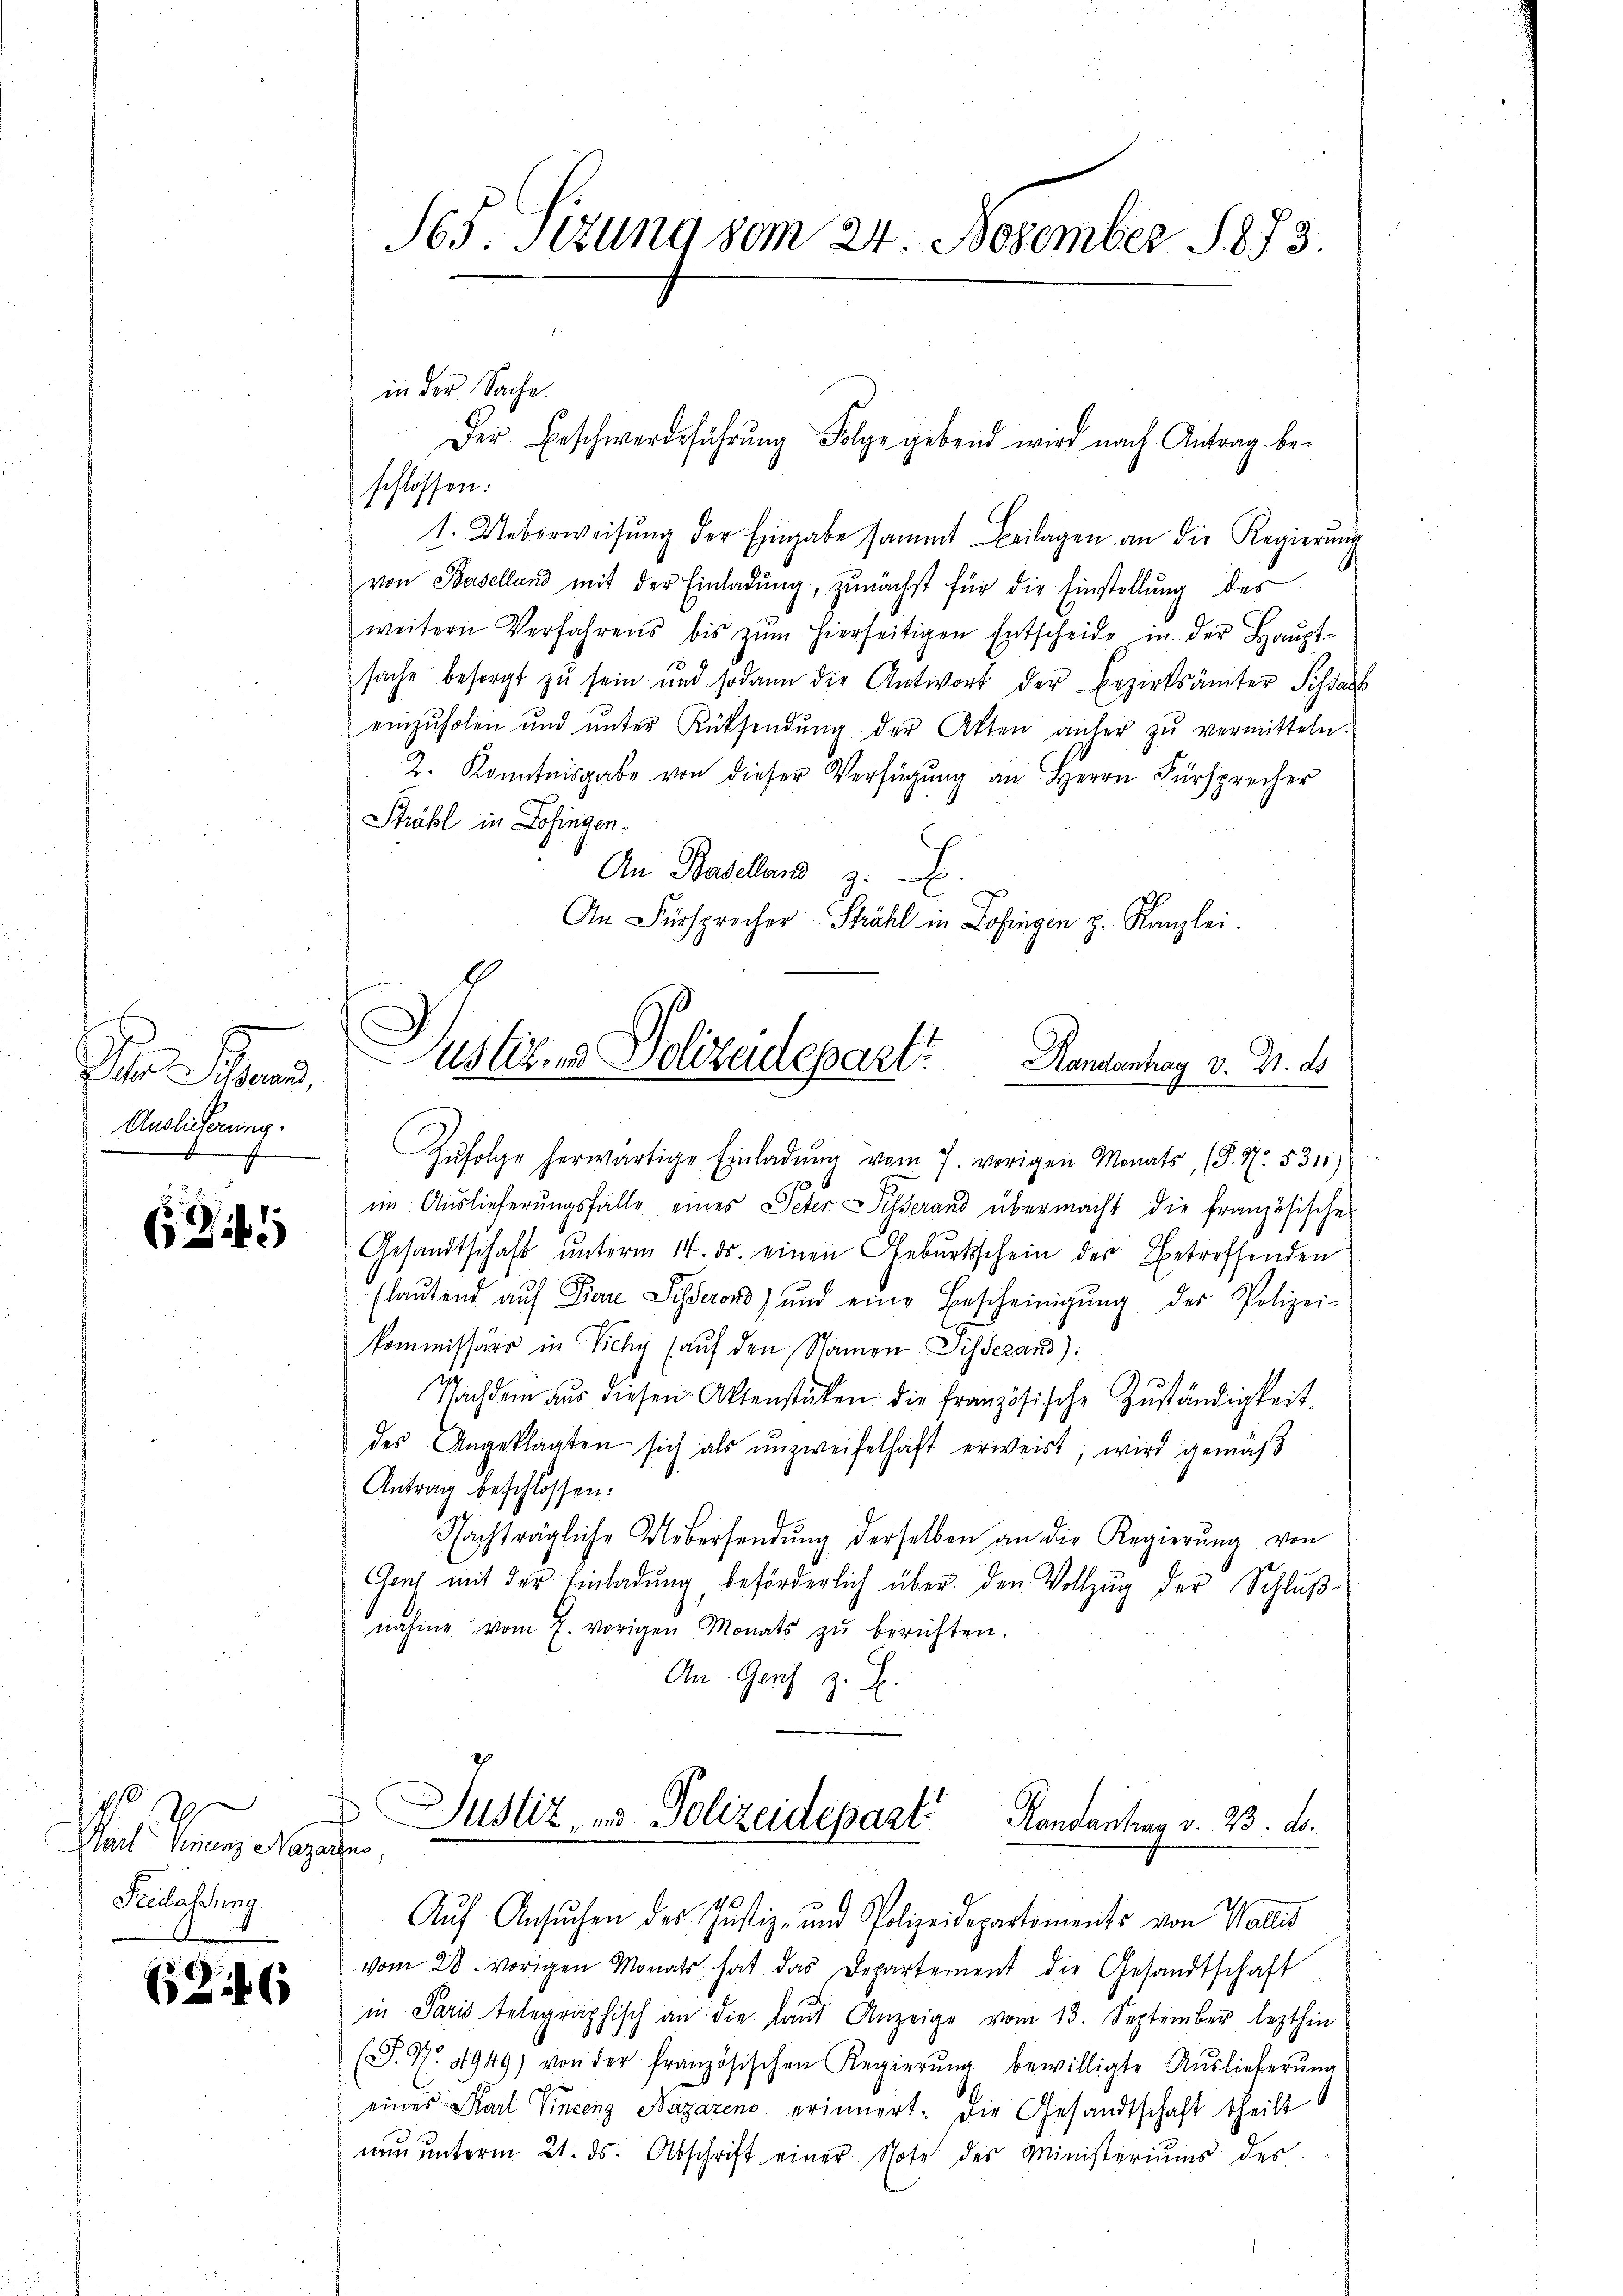
der Brand,
Auslicherung.

10
s
Karl Vincenz Nazarens,
Feudalstung

626

65: Stzung vom 24. November 1873.

schlossen:
1. Ueberweisŭng der Eingabe sammt Beilagen an die Regierŭng
von Baselland mit der Einladŭng, zunächst für die Einstellung des
weitern Verfahrens bis zŭm hierseitigen Entscheide in der Haŭpt-
sache besorgt zŭ sein und sodann die Antwort der Bezirksämter Schaus
einzŭholen und ŭnter Rücksendŭng der Akten anher zŭ vermitteln.
2. Kenntnisgabe von dieser Verfügung an Herrn Fürsprecher
Phäbl in Zofingen
An Baselland z.
An Fürsprecher Schühl in Zofingen z. Kanzlei.

in der Sache.
Der Beschwerdeführŭng Folge gebend wird nach Antrag be-

Zŭfolge herwärtige Einladŭng vom 7. vorigen Monats, (§. 1. 5310)
im Auslieferungsfalle eines Peter Silberand übermacht die französisches
Gesandtschaft ŭnterm 14. ds. einen Gebŭrtsschein der Betreffenden
(laŭtend auf Piare Schierord) und eine Bescheinigŭng der Polizei-
kommissärs in Zichy (auf den Namen Disserans):
Nachdem aŭs diesen Aktenstücken die französische Zŭständigkeit.
des Angeklagten sich als unzweifelhaft erweist, wird gemäß
Antrag beschlossen:
Nachträgliche Uebersendŭng derselben an die Regierŭng von
Gant mit der Einladung, beförderlich über den Vollzug der Schlußnahme vom 7. vorigen Monats zŭ berichten.
An Genf z. B.
Justiz, es Polizeidepart
Randantung v. 23. d.
Auf Ansuchen des Justiz- und Polizeidepartements von Wallis
vom 28. vorigen Monats hat das Departement die Gesandtschaft
in Paris telegraphisch an die laut Anzeige vom 13. September lezthin
(S. 77. 4949) von der französischen Regierŭng bewilligte Aŭslieferŭng
eines Karl Vincenz Nazarens erinnert. Die Gesandtschaft theilt
nŭn ŭnterm 21. ds. Abschrift einer Note des Ministeriums des

Justiz- & Polizeidepart. Hansentag v. M. de